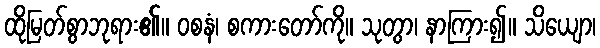
ထိုမြတ်စွာဘုရား၏။ ဝစနံ၊ စကားတော်ကို။ သုတွာ၊ နာကြား၍။ သိယျော၊